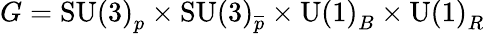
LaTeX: G=\mathrm{SU(3)}_{p}\times\mathrm{SU(3)}_{\overline{{{p}}}}\times\mathrm{U(1)}_{B}\times\mathrm{U(1)}_{R}